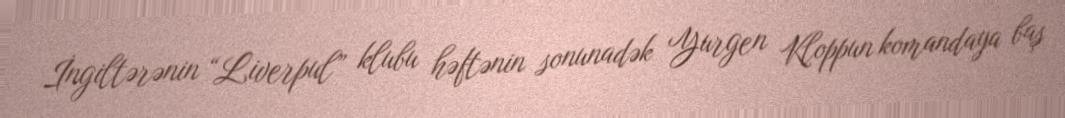
İngiltərənin “Liverpul” klubu həftənin sonunadək Yurgen Kloppun komandaya baş